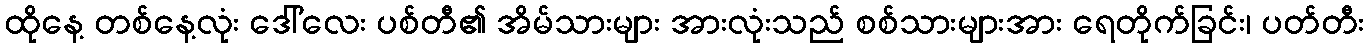
ထိုနေ့ တစ်နေ့လုံး ဒေါ်လေး ပစ်တီ၏ အိမ်သားများ အားလုံးသည် စစ်သားများအား ရေတိုက်ခြင်း၊ ပတ်တီး